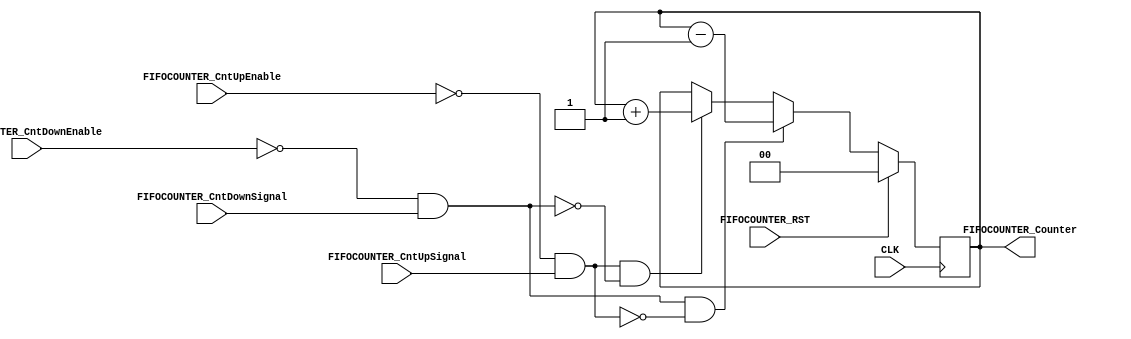
module FIFO_COUNTER
( 
	//Basic:
	input wire 			CLK, 
	
	input wire 			FIFOCOUNTER_RST,
	
	//Input:
	input wire 			FIFOCOUNTER_CntUpEnable,
	input wire 			FIFOCOUNTER_CntDownEnable,
	
	input wire 			FIFOCOUNTER_CntUpSignal, 
	input wire 			FIFOCOUNTER_CntDownSignal, 
	
	//Output:
	output reg [1:0] 	FIFOCOUNTER_Counter
); 

wire CntUp 		=  !FIFOCOUNTER_CntUpEnable   && FIFOCOUNTER_CntUpSignal;
wire CntDown 	=  !FIFOCOUNTER_CntDownEnable && FIFOCOUNTER_CntDownSignal;

reg [1:0] Counter;

always @(posedge CLK)
begin
	if(FIFOCOUNTER_RST)
		FIFOCOUNTER_Counter <= 0;
	else
		FIFOCOUNTER_Counter <= Counter;
end

always @(*)
begin
	if(CntDown && !CntUp)
		Counter <= FIFOCOUNTER_Counter - 1'b1;
	else if(CntUp && !CntDown)
		Counter <= FIFOCOUNTER_Counter + 1'b1;
	else
		Counter <= FIFOCOUNTER_Counter;
end

endmodule